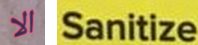
الا Sanitize